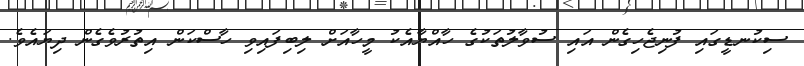
ސިކުނޑީގައި ފުނިޖެހިގެން އައި ސުވާލުތަކުގެ ހާއްޔާއެކު މީހާއަށް ލިބިފައިވި ހާސްކަން އިތުރުވެގެން ދިޔައެވެ.